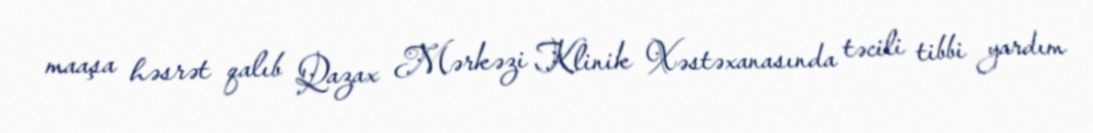
maaşa həsrət qalıb Qazax Mərkəzi Klinik Xəstəxanasında təcili tibbi yardım